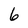
Character: 6